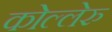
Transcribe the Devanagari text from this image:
कोल्लेरु